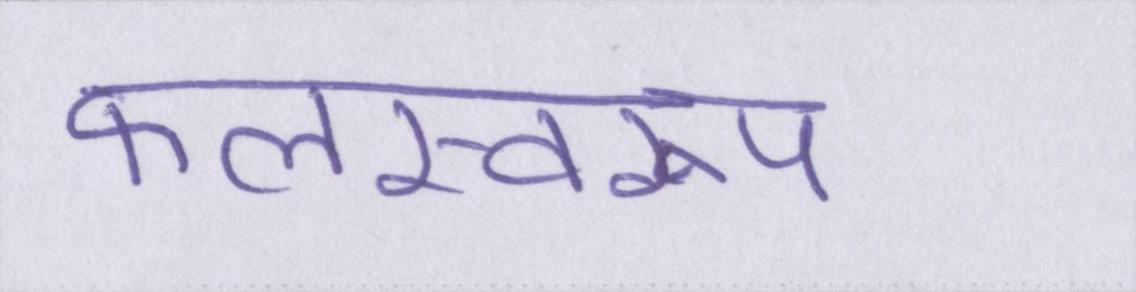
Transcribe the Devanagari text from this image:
फलस्वरूप